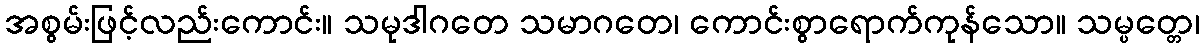
အစွမ်းဖြင့်လည်းကောင်း။ သမုဒါဂတေ သမာဂတေ၊ ကောင်းစွာရောက်ကုန်သော။ သမ္ပတ္တေ၊